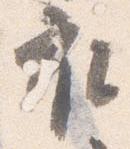
衣